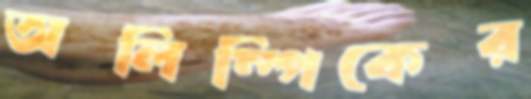
অলিম্পিকের